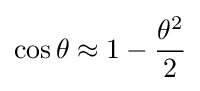
\cos \theta \approx 1-{\frac {\theta ^{2}}{2}}